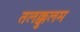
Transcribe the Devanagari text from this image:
तलक्कुलम